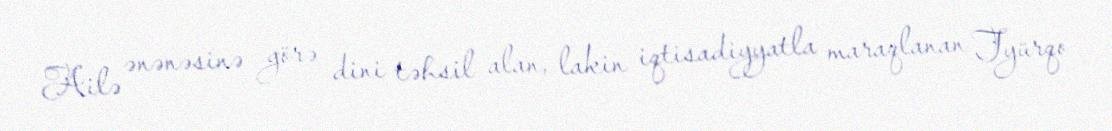
Ailə ənənəsinə görə dini təhsil alan, lakin iqtisadiyyatla maraqlanan Tyürqo